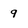
Character: 9